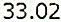
33.02